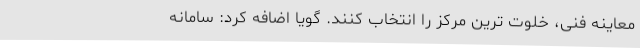
معاینه فنی، خلوت ترین مرکز را انتخاب کنند. گویا اضافه کرد: سامانه